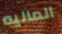
الماليه